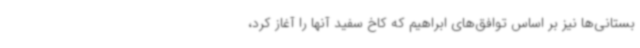
بستانی‌ها نیز بر اساس توافق‌های ابراهیم که کاخ سفید آنها را آغاز کرد،